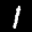
Label: 1